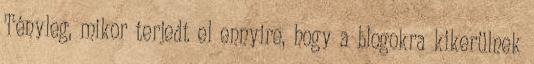
Tényleg, mikor terjedt el ennyire, hogy a blogokra kikerülnek